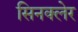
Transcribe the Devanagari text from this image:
सिनक्लेर